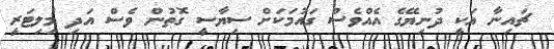
ޗައިނާ އަކީ ދުނިޔޭގެ އެއްވެސް ގައުމަކަށް ސިޔާސީ ގޮތުން ވެސް އަދި މިލިޓަރީ